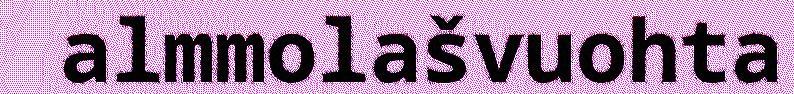
almmolašvuohta